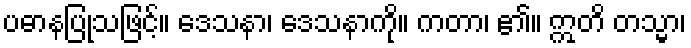
ပဓာနပြုသဖြင့်။ ဒေသနာ၊ ဒေသနာကို။ ကတာ၊ ၏။ ဣတိ တသ္မာ၊